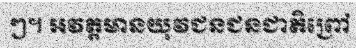
ៗ។ អវត្តមានយុវជនជនជាតិព្រៅ